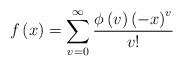
LaTeX: \begin{align*}f\left( x \right) = \sum\limits_{v = 0}^\infty {\frac{{\phi \left( v \right){{\left( { - x} \right)}^v}}}{{v!}}} \end{align*}